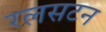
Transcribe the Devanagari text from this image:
रलसटन